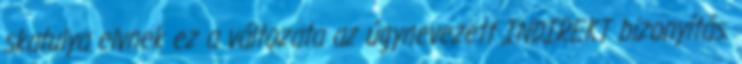
skatulya elvnek ez a változata az úgynevezett INDIREKT bizonyítás.